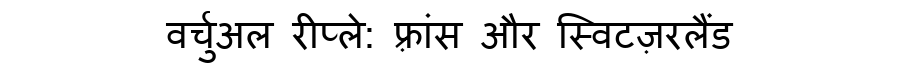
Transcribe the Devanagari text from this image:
वर्चुअल रीप्ले: फ़्रांस और स्विटज़रलैंड